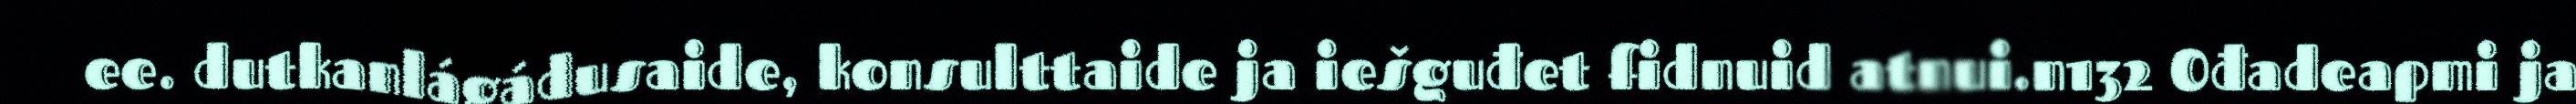
ee. dutkanlágádusaide, konsulttaide ja iešguđet fidnuid atnui.n132 Ođadeapmi ja